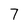
Character: 7